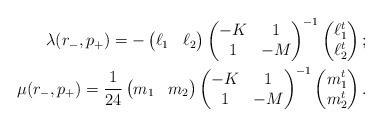
LaTeX: \begin{align*} \lambda (r_-,p_+)= - \begin{pmatrix}\ell_1&\ell_2 \end{pmatrix} \begin{pmatrix} -K&1\\ 1&-M\end{pmatrix}^{-1} \begin{pmatrix}\ell_1^t\\\ell_2^t \end{pmatrix}; \\ \mu (r_-,p_+)= \frac 1{24}\begin{pmatrix}m_1&m_2 \end{pmatrix} \begin{pmatrix} -K&1\\ 1&-M\end{pmatrix}^{-1} \begin{pmatrix}m_1^t\\m_2^t \end{pmatrix}.\end{align*}